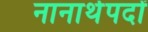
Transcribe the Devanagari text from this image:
नानार्थपदों